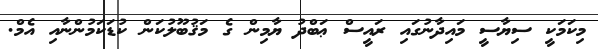
މިކަމަކީ ސިޔާސީ މައިދާނުގައި ރައީސް ޢަބްދު ޔާމިން ގެ މަޤުބޫލުކަން ކުޑަކަމުންނާއި އެމް.